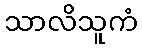
သာလိသူကံ